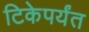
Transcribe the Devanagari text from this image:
टिकेपर्यंत